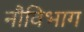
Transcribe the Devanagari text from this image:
नौविभाग